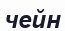
чейн